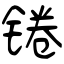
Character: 锩